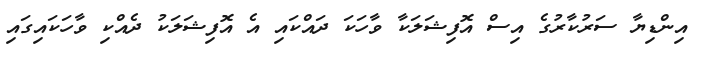
އިންޑިޔާ ސަރުކާރުގެ އިސް އޮފިޝަލަކާ ވާހަކަ ދައްކައި އެ އޮފިޝަލަކު ދެއްކި ވާހަކައިގައި